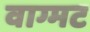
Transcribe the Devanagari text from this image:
वाग्मट